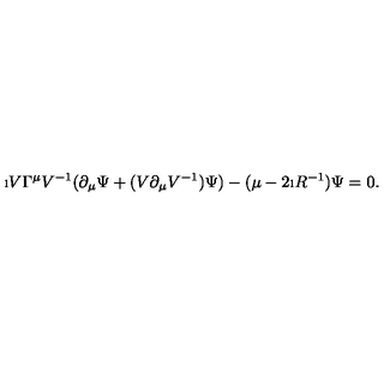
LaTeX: \i V \Gamma ^ { \mu } V ^ { - 1 } ( \partial _ { \mu } \Psi + ( V \partial _ { \mu } V ^ { - 1 } ) \Psi ) - ( \mu - 2 \i R ^ { - 1 } ) \Psi = 0 .